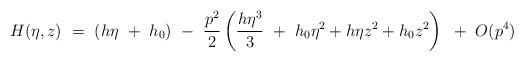
\begin{align*}H(\eta,z) ~=~ (h \eta ~+~ h_{0}) ~-~ \frac{p^{2}}{2} \left(\frac{h \eta^{3}}{3}~+~ h_{0} \eta^{2} + h \eta z^{2} + h_{0} z^{2}\right) ~+~ O(p^{4})\end{align*}